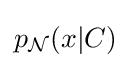
p_{\mathcal {N}}(x|C)